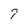
Character: T